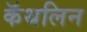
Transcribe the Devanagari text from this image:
कॅथलिन